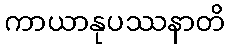
ကာယာနုပဿနာတိ